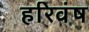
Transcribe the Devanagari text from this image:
हरिवंष